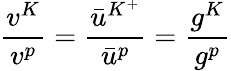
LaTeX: \frac{v^{K}}{v^{p}}=\frac{\bar{u}^{K^{+}}}{\bar{u}^{p}}=\frac{g^{K}}{g^{p}}